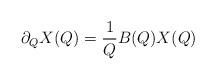
LaTeX: \begin{align*} \partial_Q X(Q) = \frac{1}{Q} B(Q) X(Q) \end{align*}